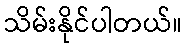
သိမ်းနိုင်ပါတယ်။